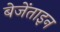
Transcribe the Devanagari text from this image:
बेजेंताइन